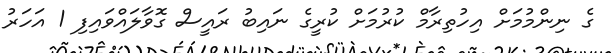
ގެ ނިންމުމަށް އިހުތިރާމް ކުރުމަށް ކުރީގެ ނައިބު ރައީސް ގޮވާލައްވައިފި 1 އަހަރު